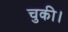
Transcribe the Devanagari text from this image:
चुकी।